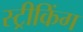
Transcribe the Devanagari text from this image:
स्ट्रीकिंग